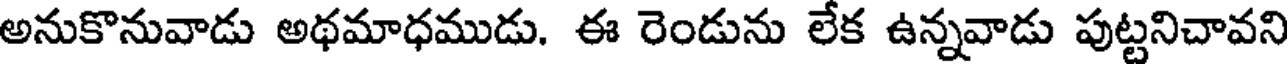
అనుకొనువాడు అథమాధముడు. ఈ రెండును లేక ఉన్నవాడు పుట్టనిచావని